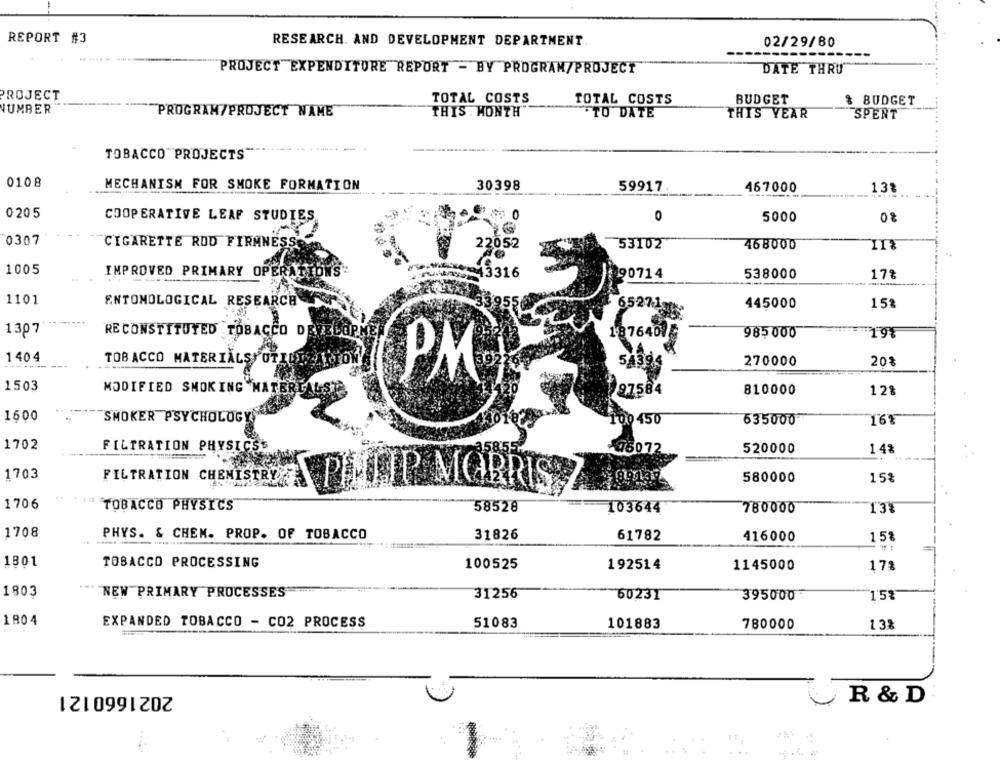
REPORT #3
RESEARCH AND DEVELOPMENT DEPARTMENT.
02/29/80
PROJECT EXPENDITURE REPORT - BY PROGRAM/PROJECT
DATE THRU
PROJECT
TOTAL COSTS
TOTAL COSTS
BUDGET
& BUDGET
NUMBER
PROGRAM/PROJECT NAME
THIS . MONTH"
TO DATE
THIS YEAR
SPENT
TOBACCO PROJECTS"
0108
MECHANISM FOR SMOKE FORMATION
30398
59917
467000
132
0 205
COOPERATIVE LEAF STUDIES
0
5000
0307
CIGARETTE ROD FIRMNESS
22052
53102
468000
1005
IMPROVED PRIMARY OPERATIONS
3316
90714
538000
17%
1101
ENTOMOLOGICAL RESEARCH
445000
15%
65271
1307
RE CONSTITUTED TOBACCO DEVELO
1876400
985 000
198
140 4
TOBACCO MATERIALS UTILISE
543
270000
20%
PM
1503
MODIFIED SMOKING MATERI
97584
810000
128
1600
SMOKER PSYCHOLOGY
10 450
635000
16%
1702
FILTRATION PHYSICS'S
76072
520000
14%
1703
FILTRATION CHEMISTRY
580000
15%
PHILIP MORRIS
1706
TOBACCO PHYSICS
58528
103644
780000
13%
1708
PHYS. & CHEM. PROP. OF TOBACCO
31826
61782
416000
15%
1801
TOBACCO PROCESSING
100525
192514
17%
1145000
1803
NEW PRIMARY PROCESSES"
31256
60231
395000
15%
1804
EXPANDED TOBACCO - CO2 PROCESS
51083
101883
780000
13%
2021660121
R & D